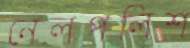
নেলপলিশ